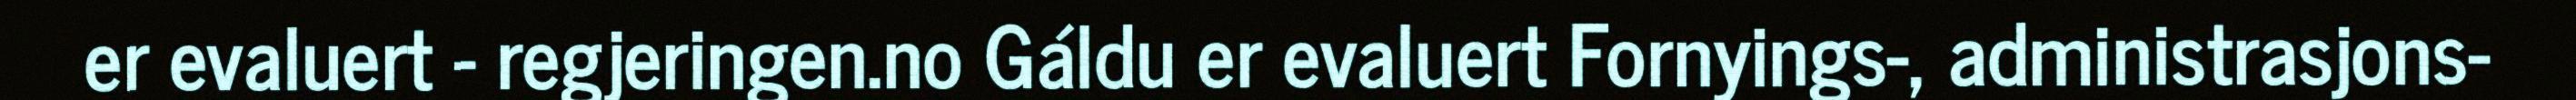
er evaluert - regjeringen.no Gáldu er evaluert Fornyings-, administrasjons-